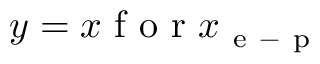
y = x \mathrm { ~ f ~ o ~ r ~ } x _ { \mathrm { ~ e ~ - ~ p ~ } }